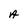
Character: A